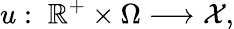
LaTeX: u:\; \mathbb{R}^{+}\times\Omega\longrightarrow\mathcal{X},